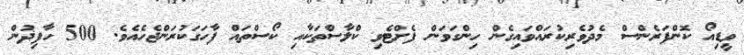
ވީޑިއޯ ކޮންފަރެންސް މެދުވެރިކުރައްވައިގެން ހިންގަވަން ފެށްޓެވި ކްލާސްތަކާއި ކޯސްތައް ފާހަގަކުރަންޖެހެއެވެ. 500 ހާފިޛުން